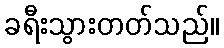
ခရီးသွားတတ်သည်။